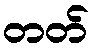
တတ်